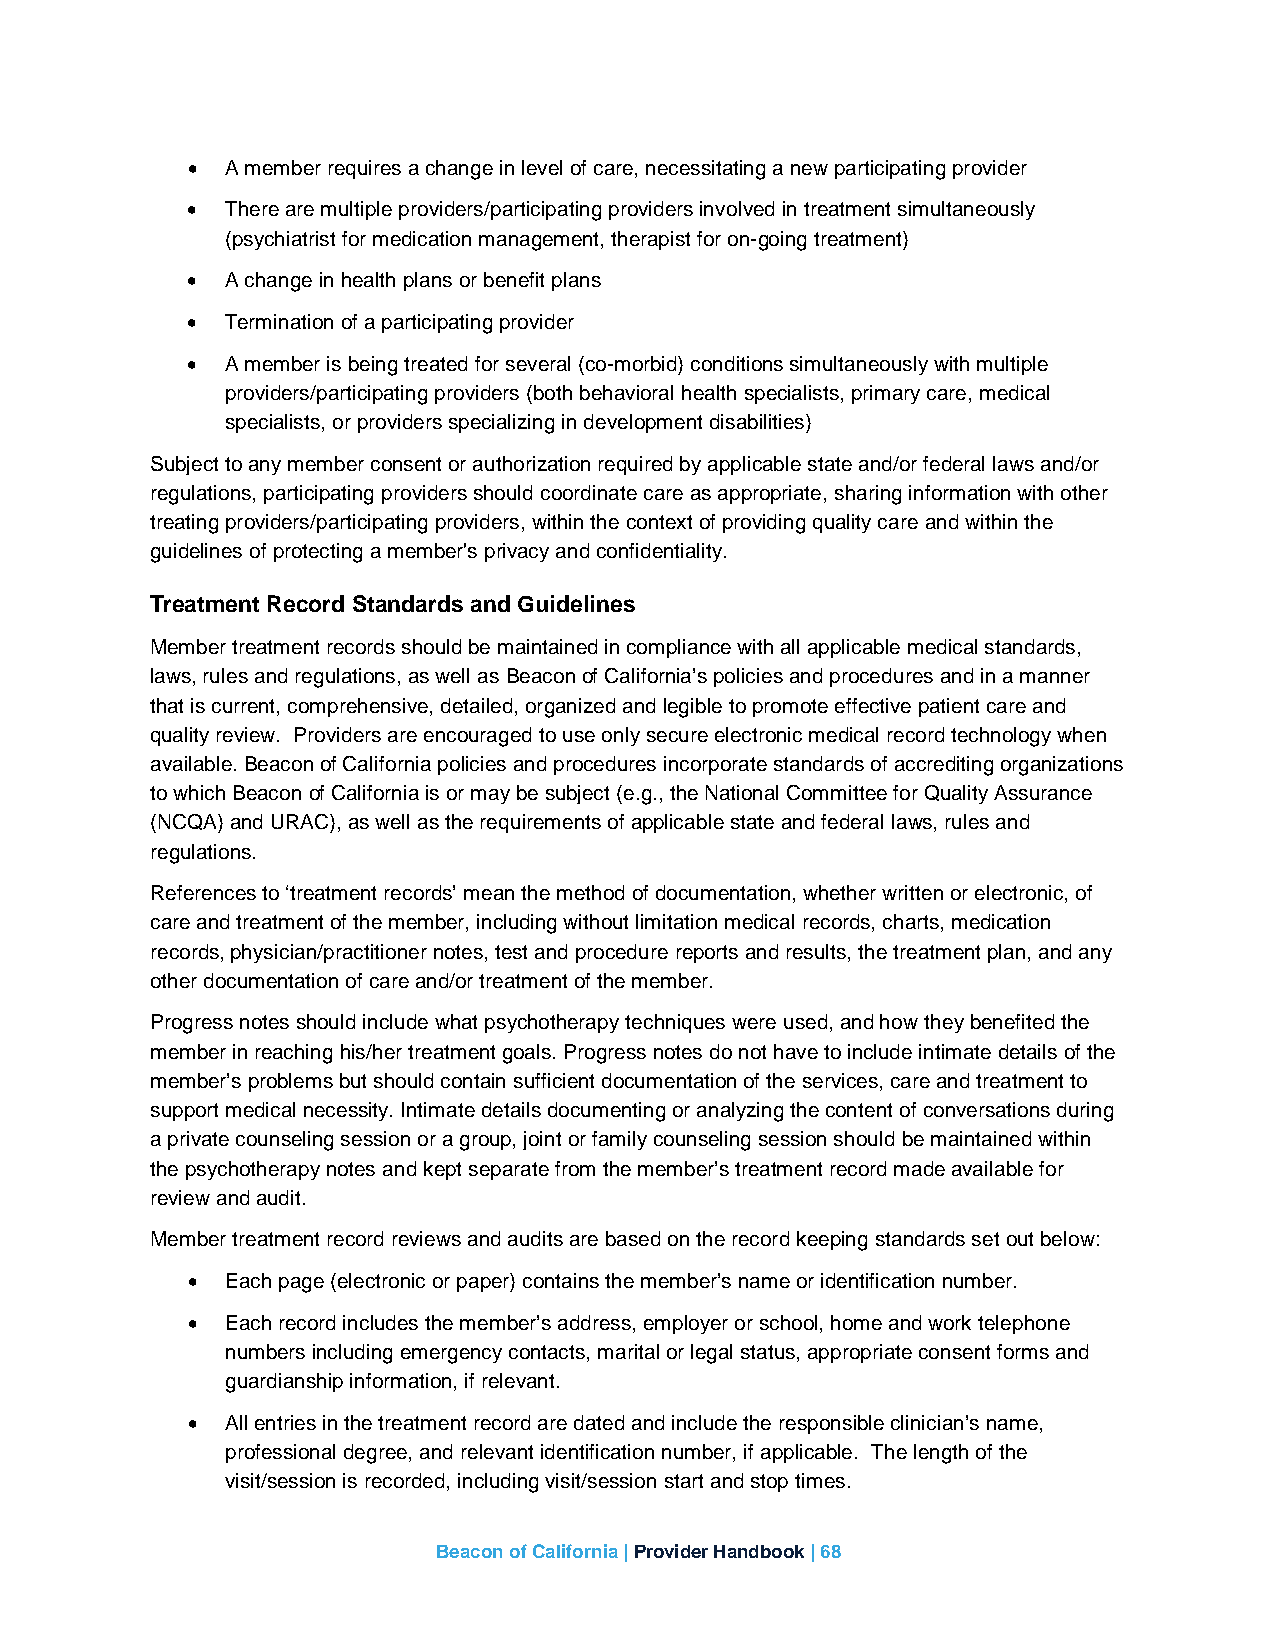
•  A member requires a change in level of care, necessitating a new participating provider
 •  There are multiple providers/participating providers involved in treatment simultaneously
 (psychiatrist for medication management, therapist for on-going treatment)
 •  A change in health plans or benefit plans
 •  Termination of a participating provider
 •  A member is being treated for several (co-morbid) conditions simultaneously with multiple
 providers/participating providers (both behavioral health specialists, primary care, medical
 specialists, or providers specializing in development disabilities)
 Subject to any member consent or authorization required by applicable state and/or federal laws and/or
 regulations, participating providers should coordinate care as appropriate, sharing information with other
 treating providers/participating providers, within the context of providing quality care and within the
 guidelines of protecting a member's privacy and confidentiality.
 Treatment Record Standards and Guidelines
 Member treatment records should be maintained in compliance with all applicable medical standards,
 laws, rules and regulations, as well as Beacon of California’s policies and procedures and in a manner
 that is current, comprehensive, detailed, organized and legible to promote effective patient care and
 quality review. Providers are encouraged to use only secure electronic medical record technology when
 available. Beacon of California policies and procedures incorporate standards of accrediting organizations
 to which Beacon of California is or may be subject (e.g., the National Committee for Quality Assurance
 (NCQA) and URAC), as well as the requirements of applicable state and federal laws, rules and
 regulations.
 References to ‘treatment records’ mean the method of documentation, whether written or electronic, of
 care and treatment of the member, including without limitation medical records, charts, medication
 records, physician/practitioner notes, test and procedure reports and results, the treatment plan, and any
 other documentation of care and/or treatment of the member.
 Progress notes should include what psychotherapy techniques were used, and how they benefited the
 member in reaching his/her treatment goals. Progress notes do not have to include intimate details of the
 member’s problems but should contain sufficient documentation of the services, care and treatment to
 support medical necessity. Intimate details documenting or analyzing the content of conversations during
 a private counseling session or a group, joint or family counseling session should be maintained within
 the psychotherapy notes and kept separate from the member’s treatment record made available for
 review and audit.
 Member treatment record reviews and audits are based on the record keeping standards set out below:
 •  Each page (electronic or paper) contains the member’s name or identification number.
 •  Each record includes the member’s address, employer or school, home and work telephone
 numbers including emergency contacts, marital or legal status, appropriate consent forms and
 guardianship information, if relevant.
 •  All entries in the treatment record are dated and include the responsible clinician’s name,
 professional degree, and relevant identification number, if applicable. The length of the
 visit/session is recorded, including visit/session start and stop times.
 Beacon of California | Provider Handbook | 68